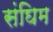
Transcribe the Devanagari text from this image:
संघिम